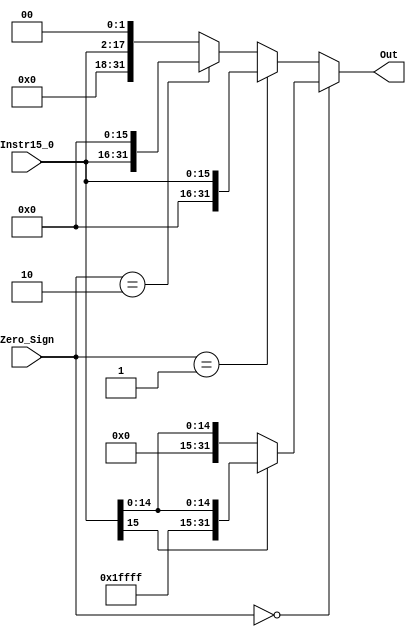

`timescale 1ns / 1ps

module Sign_Extend(Zero_Sign,Instr15_0,Out);
input [15:0] Instr15_0;
input [1:0] Zero_Sign;
output reg [31:0] Out;

always @(*)
begin
    if(Zero_Sign == 0)begin
        if(Instr15_0[15] == 2'b00)
            Out <= {16'b0000000000000000,Instr15_0};
        else
            Out <= {16'b1111111111111111,Instr15_0};end
	 
    else if(Zero_Sign == 2'b01)
        Out <= {16'b0000000000000000,Instr15_0};

    else if(Zero_Sign == 2'b10)
		Out <= {Instr15_0,16'b0000000000000000};

	 else
        Out <= {14'b00000000000000,Instr15_0,2'b00};
end
endmodule